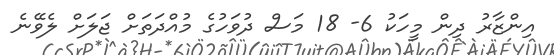
އިންޒާރު ދިން މީހަކު 6- 18 މަސް ދުވަހުގެ މުއްދަތަށް ޖަލަށް ލެވޭނެ